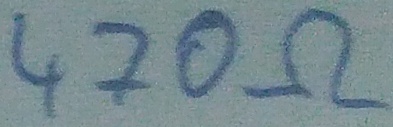
Text: 470Ω